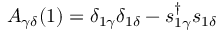
A _ { \gamma \delta } ( 1 ) = \delta _ { 1 \gamma } \delta _ { 1 \delta } - s _ { 1 \gamma } ^ { \dagger } s _ { 1 \delta }